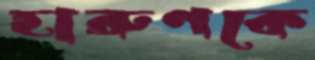
হারুণকে